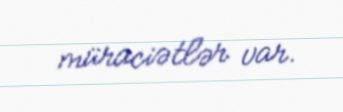
müraciətlər var.